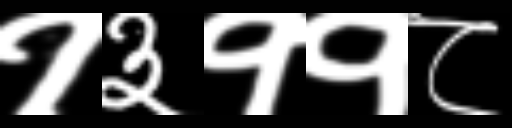
Text: १३११८